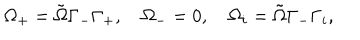
LaTeX: \Omega _ { + } = \tilde { \Omega } \Gamma _ { - } \Gamma _ { + } , \quad \Omega _ { - } = 0 , \quad \Omega _ { i } = \tilde { \Omega } \Gamma _ { - } \Gamma _ { i } ,